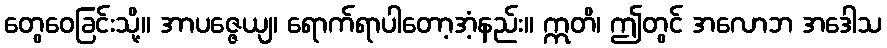
တွေဝေခြင်းသို့။ အာပဇ္ဇေယျ၊ ရောက်ရာပါတော့အံ့နည်း။ ဣတိ၊ ဤတွင် အလောဘ အဒေါသ